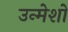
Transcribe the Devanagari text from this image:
उन्मेशों